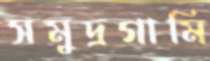
সমুদ্রগামি